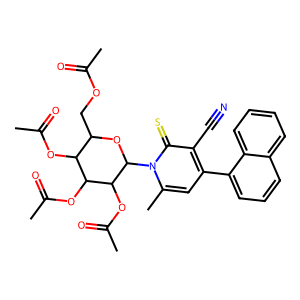
SMILES: CC(=O)OCC1OC(n2c(C)cc(-c3cccc4ccccc34)c(C#N)c2=S)C(OC(C)=O)C(OC(C)=O)C1OC(C)=O
Inhibits HIV replication: No